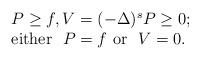
LaTeX: \begin{align*}\begin{array}{l}P\ge f, V=(-\Delta)^{s} P\ge 0; \\\mbox{either } \ P=f \ \mbox{or } \ V=0.\end{array}\end{align*}